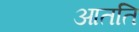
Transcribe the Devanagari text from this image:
आतति